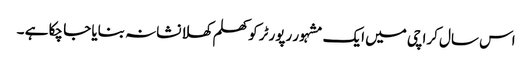
اس سال کراچی میں ایک مشہور رپورٹر کو کھلم کھلا نشانہ بنایا جا چکا ہے ۔